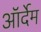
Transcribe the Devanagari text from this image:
ऑर्देम